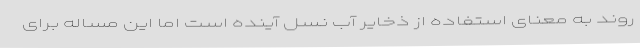
روند به معنای استفاده از ذخایر آب نسل آینده است اما این مساله برای